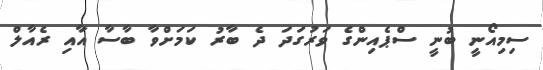
ސިމިއޯނީ ބުނީ ސްޕެއިންގެ ވަރުގަދަ ދެ ބާރު ކަމަށްވާ ބާސާ އާއި ރެއާލް